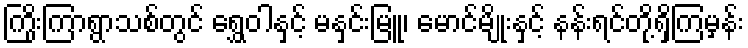
ကြိုးကြာရွာသစ်တွင် ရွှေဝါနှင့် မနှင်းမြူ၊ မောင်မျိုးနှင့် နန်းရင်တို့ရှိကြမှန်း